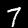
Digit: 7